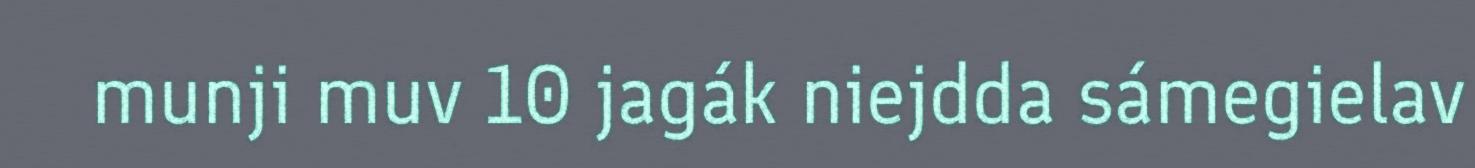
munji muv 10 jagák niejdda sámegielav